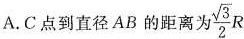
A.C点到直径AB的距离为\frac{ \sqrt{3}}{2}R